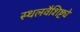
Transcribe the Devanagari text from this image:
स्थलवैशिष्ट्ये